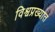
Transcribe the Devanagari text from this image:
विश्वप्रख्यात